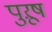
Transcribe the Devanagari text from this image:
पुऱूष